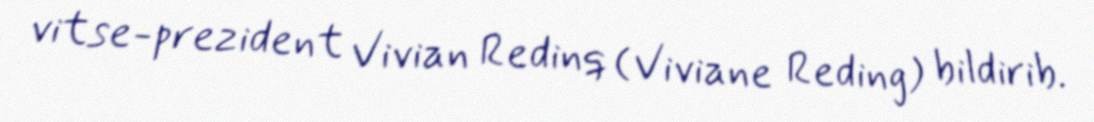
vitse-prezident Vivian Redinq (Viviane Reding) bildirib.